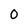
Character: O